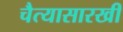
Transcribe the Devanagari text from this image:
चैत्यासारखी